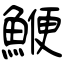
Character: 鯾